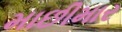
માછીમાર